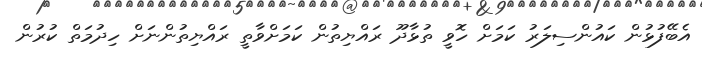
އެބޭފުޅުން ކައުންސިލަރު ކަމަށް ހޮވީ ތުޅާދޫ ރައްޔިތުން ކަމަށްވާތީ ރައްޔިތުންނަށް ހިދުމަތް ކުރުން